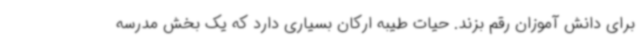
برای دانش آموزان رقم بزند. حیات طیبه ارکان بسیاری دارد که یک بخش مدرسه